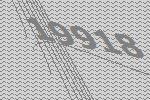
19918